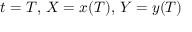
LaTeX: \, t = T , \, X = x ( T ) , \, Y = y ( T )